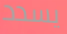
يسدد